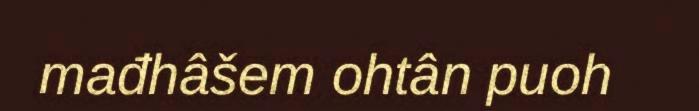
mađhâšem ohtân puoh